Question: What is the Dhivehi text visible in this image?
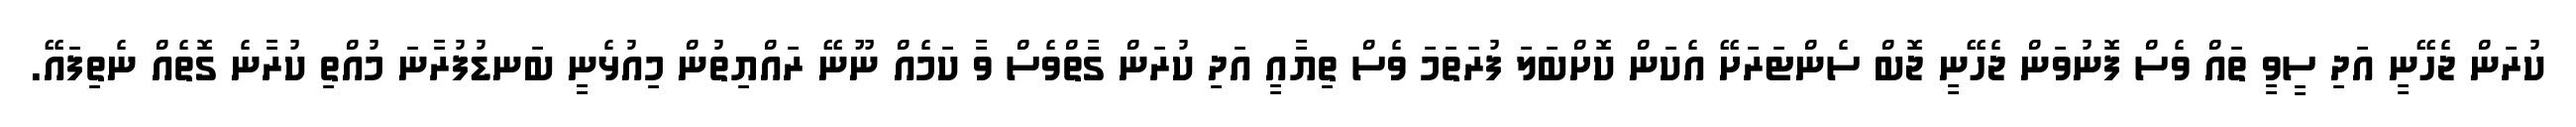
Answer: ކުރަން ޖެހޭނީ އަދި ސީވީ ތައް ވެސް ފޮނުވަން ޖެހޭނީ ޖޮބް ސެންޓަރަށޭ އެކަން ކޮށްބަލަ ފުރަތަމަ ވެސް ތިޔާއީ އަދި ކުރަން ގާތްވެސް ވާ ކަމެއް ނޫނޭ ރައްޔިތުން މިއުޅެނީ ބަނޑުފުރާނަ މުއްތި ކުރާނެ ގޮތެއް ނެތިފައޭ.